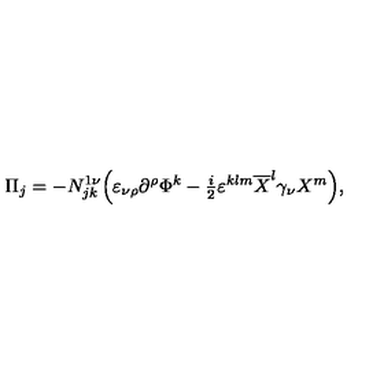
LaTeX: \Pi _ { j } = - N _ { j k } ^ { 1 \nu } \Bigl ( \varepsilon _ { \nu \rho } \partial ^ { \rho } \Phi ^ { k } - { \textstyle \frac i 2 } \varepsilon ^ { k l m } \overline { { X } } ^ { l } \gamma _ { \nu } X ^ { m } \Bigr ) ,